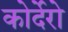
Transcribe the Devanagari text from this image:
कोर्देरो